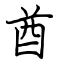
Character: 酋